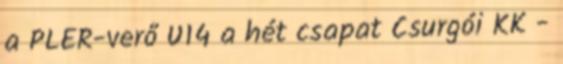
a PLER-verő U14 a hét csapat Csurgói KK -